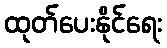
ထုတ်ပေးနိုင်ရေး